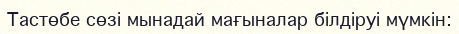
Тастөбе сөзі мынадай мағыналар білдіруі мүмкін: